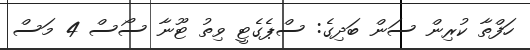
ހަފްތާ ކުރިން ސަން ބަދިގެ: ސްޕެގެޓީ ވިތު ޓޫނާ ސޯސް 4 މަސް